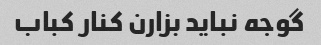
گوجه نباید بزارن کنار کباب